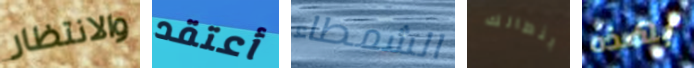
والانتظار أعتقد الشمطاء بنطالك بهذه